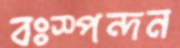
বঃস্পন্দন